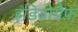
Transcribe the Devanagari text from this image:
इडियोग्रैफ़